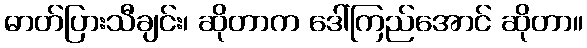
ဓာတ်ပြားသီချင်း၊ ဆိုတာက ဒေါ်ကြည်အောင် ဆိုတာ။